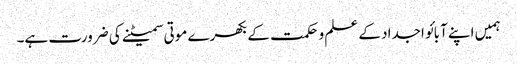
ہمیں اپنے آبائو اجداد کے علم و حکمت کے بکھرے موتی سمیٹنے کی ضرورت ہے۔